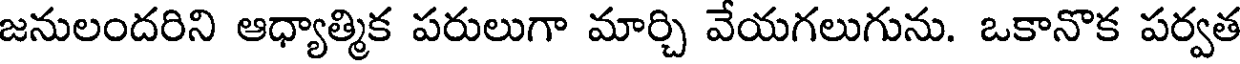
జనులందరిని ఆధ్యాత్మిక పరులుగా మార్చి వేయగలుగును. ఒకానొక పర్వత